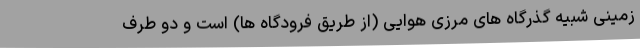
زمینی شبیه گذرگاه های مرزی هوایی (از طریق فرودگاه ها) است و دو طرف